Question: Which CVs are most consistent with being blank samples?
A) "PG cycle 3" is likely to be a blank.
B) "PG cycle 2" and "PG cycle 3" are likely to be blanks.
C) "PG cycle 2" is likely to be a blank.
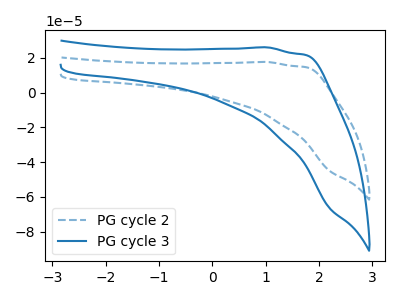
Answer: <think>The blue dashed curve "PG cycle 2" has no peaks. The blue curve "PG cycle 3" has no peaks.</think>
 <answer>B) "PG cycle 2" and "PG cycle 3" are likely to be blanks.</answer>
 <eval>B</eval>